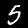
Digit: 5